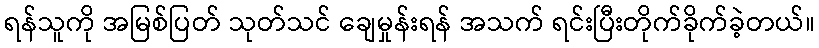
ရန်သူကို အမြစ်ပြတ် သုတ်သင် ချေမှုန်းရန် အသက် ရင်းပြီးတိုက်ခိုက်ခဲ့တယ်။